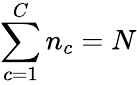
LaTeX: \sum_{c=1}^{C}n_{c}=N